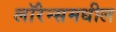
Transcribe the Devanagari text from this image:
लॉरेन्समधील